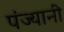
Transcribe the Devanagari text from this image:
पंज्यानी